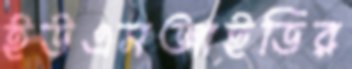
ইউএসআইডির